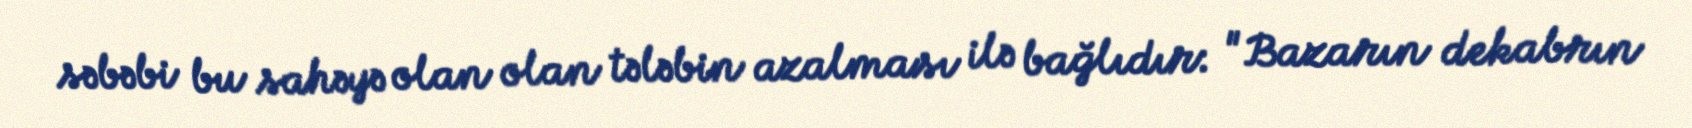
səbəbi bu sahəyə olan olan tələbin azalması ilə bağlıdır: "Bazarın dekabrın